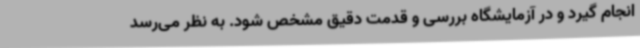
انجام گیرد و در آزمایشگاه بررسی و قدمت دقیق مشخص شود. به نظر می‌رسد